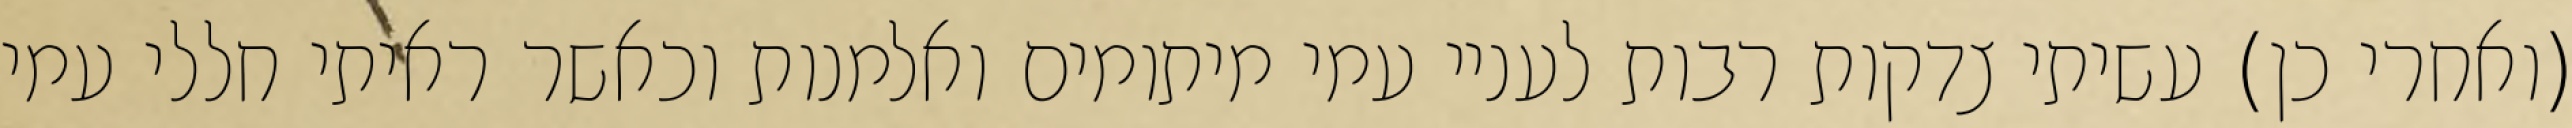
(ואחרי כן) עשיתי צדקות רבות לעניי עמי מיתומים ואלמנות וכאשר ראיתי חללי עמי